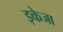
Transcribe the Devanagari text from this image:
इकेजा